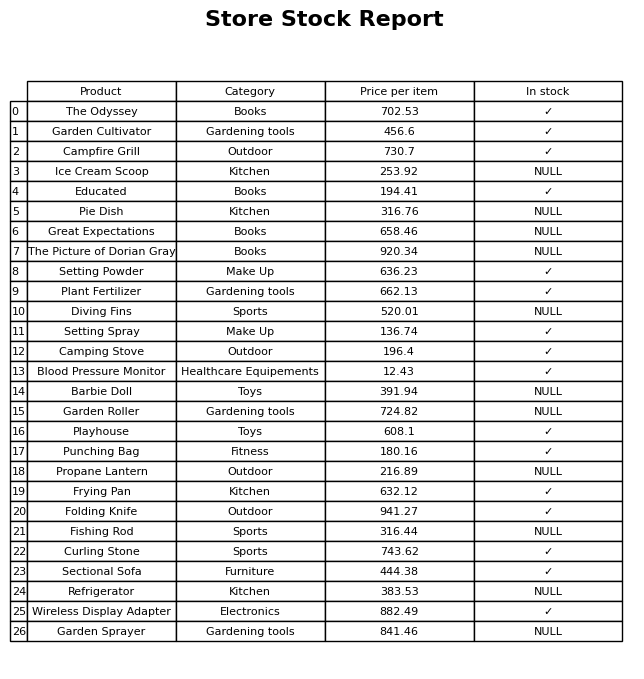
question: Is the Blood Pressure Monitor in stock?
answer: ✓